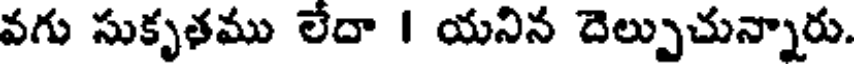
వగు సుకృతము లేదా I యనిన దెల్పుచున్నారు.